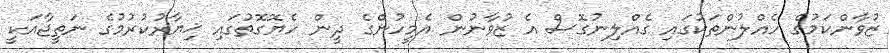
ޒުވާންކަމުގެ ހެއްލުންތަކުގައި ގެއްލިނުގޮސް އެ ޒުވާނުން އެމީހުންގެ ދީން ހެޔޮގޮތުގައި ޚިޔާރުކުރުމުގެ ނަތީޖާއަކީ